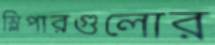
স্লিপারগুলোর